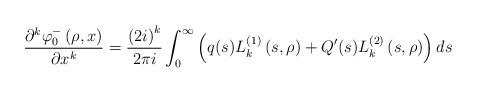
LaTeX: \begin{align*}\frac{\partial^{k}\varphi_{0}^{-}\left( \rho,x\right) }{\partial x^{k}}=\frac{\left( 2i\right) ^{k}}{2\pi i}\int_{0}^{\infty}\left(q(s)L_{k}^{\left( 1\right) }\left( s,\rho\right) +Q^{\prime}(s)L_{k}^{\left( 2\right) }\left( s,\rho\right) \right) ds\end{align*}